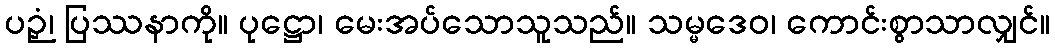
ပဉှံ၊ ပြဿနာကို။ ပုဋ္ဌော၊ မေးအပ်သောသူသည်။ သမ္မဒေဝ၊ ကောင်းစွာသာလျှင်။